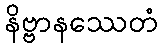
နိဗ္ဗာနဿေတံ